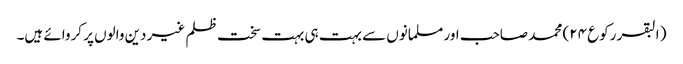
( البقر رکوع ۲۴) محمد صاحب اور مسلمانوں سے بہت ہی بہت سخت ظلم غیر دین والوں پر کروائے ہیں۔